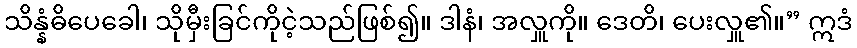
သိန္နံဓိပေခေါ၊ သိုမှီးခြင်ကိုငဲ့သည်ဖြစ်၍။ ဒါနံ၊ အလှူကို။ ဒေတိ၊ ပေးလှူ၏။” ဣဒံ